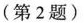
(第2题)